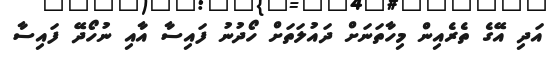
އަދި އޭގެ ތެރެއިން މިހާތަނަށް ދައުލަތަށް ހޯދުނު ފައިސާ އާއި ނުހޯދޭ ފައިސާ